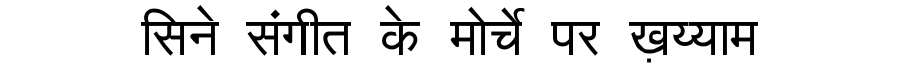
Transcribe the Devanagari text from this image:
सिने संगीत के मोर्चे पर ख़य्याम